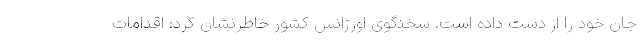
جان خود را از دست داده است. سخنگوی اورژانس کشور خاطرنشان کرد: اقدامات